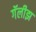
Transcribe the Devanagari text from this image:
गॅलीझ